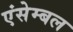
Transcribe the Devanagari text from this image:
एंसेम्बल